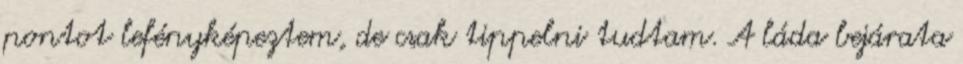
pontot lefényképeztem, de csak tippelni tudtam. A láda bejárata